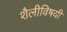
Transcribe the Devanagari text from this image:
शैलीविषयी